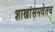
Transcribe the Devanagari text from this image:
शाखांसमवेतच